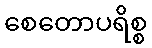
စေတောပရိစ္စ